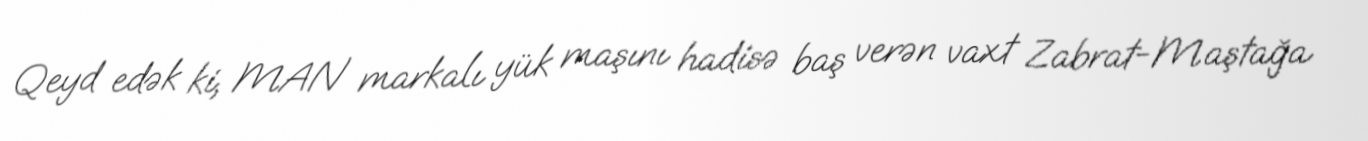
Qeyd edək ki, MAN markalı yük maşını hadisə baş verən vaxt Zabrat-Maştağa